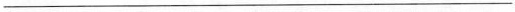
___